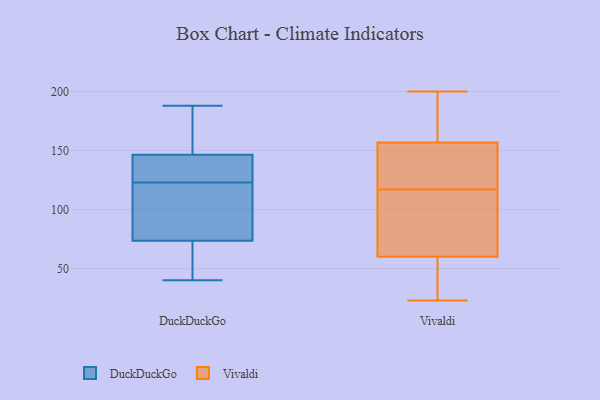
{"axis": {"x": "Budget (USD K)", "y": "Value"}, "legend": ["DuckDuckGo", "Vivaldi"], "data": [{"x": "", "y": 78, "type": "DuckDuckGo"}, {"x": "", "y": 180, "type": "DuckDuckGo"}, {"x": "", "y": 53, "type": "DuckDuckGo"}, {"x": "", "y": 130, "type": "DuckDuckGo"}, {"x": "", "y": 123, "type": "DuckDuckGo"}, {"x": "", "y": 60, "type": "DuckDuckGo"}, {"x": "", "y": 151, "type": "DuckDuckGo"}, {"x": "", "y": 44, "type": "DuckDuckGo"}, {"x": "", "y": 162, "type": "DuckDuckGo"}, {"x": "", "y": 78, "type": "DuckDuckGo"}, {"x": "", "y": 188, "type": "DuckDuckGo"}, {"x": "", "y": 121, "type": "DuckDuckGo"}, {"x": "", "y": 124, "type": "DuckDuckGo"}, {"x": "", "y": 101, "type": "DuckDuckGo"}, {"x": "", "y": 145, "type": "DuckDuckGo"}, {"x": "", "y": 40, "type": "DuckDuckGo"}, {"x": "", "y": 129, "type": "DuckDuckGo"}, {"x": "", "y": 72, "type": "Vivaldi"}, {"x": "", "y": 158, "type": "Vivaldi"}, {"x": "", "y": 165, "type": "Vivaldi"}, {"x": "", "y": 129, "type": "Vivaldi"}, {"x": "", "y": 200, "type": "Vivaldi"}, {"x": "", "y": 170, "type": "Vivaldi"}, {"x": "", "y": 25, "type": "Vivaldi"}, {"x": "", "y": 56, "type": "Vivaldi"}, {"x": "", "y": 117, "type": "Vivaldi"}, {"x": "", "y": 23, "type": "Vivaldi"}, {"x": "", "y": 41, "type": "Vivaldi"}, {"x": "", "y": 153, "type": "Vivaldi"}, {"x": "", "y": 87, "type": "Vivaldi"}, {"x": "", "y": 153, "type": "Vivaldi"}, {"x": "", "y": 104, "type": "Vivaldi"}]}